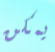
يمكن